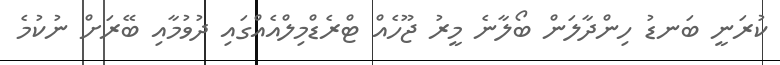
ކުރަނީ ބަނޑު ހިންދާލަން ބޯލާނެ މީރު ޖޫހެއް ޓްރެޑްމިލްއެއްގައި ދުވުމާއި ބޭރަށް ނުކުމެ